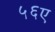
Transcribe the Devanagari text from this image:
५६ए